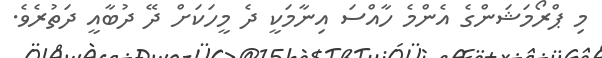
މި ޕްރޯމަޝަންގެ އެންމެ ހާއްސަ އިނާމަކީ ދެ މީހަކަށް ދޭ ދުބާއީ ދަތުރެވެ.